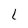
Character: L